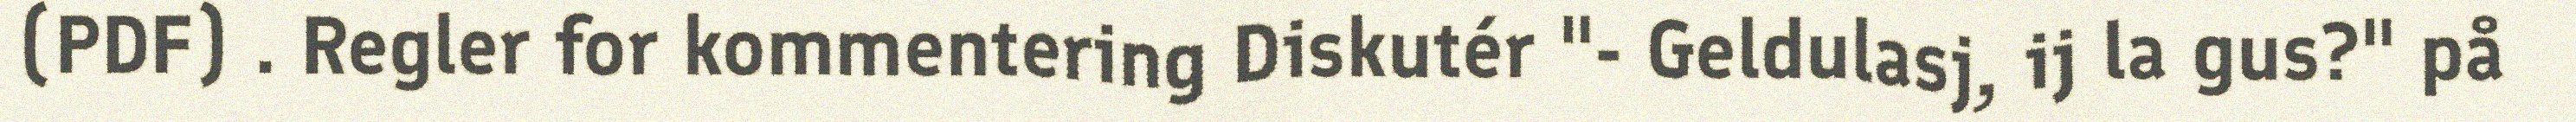
(PDF) . Regler for kommentering Diskutér "- Geldulasj, ij la gus?" på